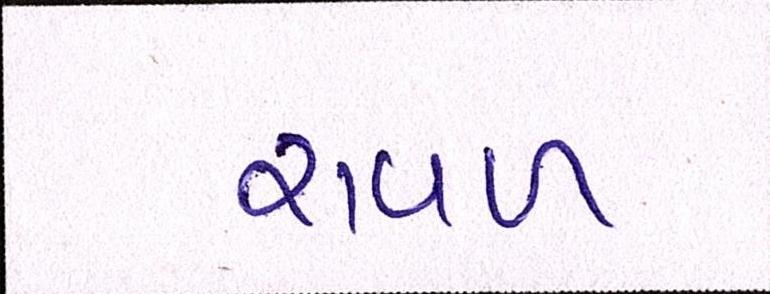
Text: રાવળ